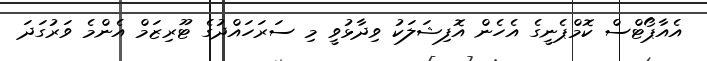
އެއާޕޯޓްސް ކޮމްޕެނީގެ އެހެން އޮފިޝަލަކު ވިދާޅުވީ މި ސަރަހައްދުގެ ޓޫރިޒަމް އެންމެ ވަރުގަދަ